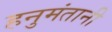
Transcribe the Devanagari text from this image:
हनुमंतानी